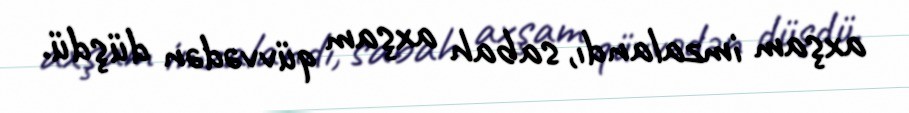
axşam imzalandı, sabah axşam qüvvədən düşdü.